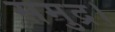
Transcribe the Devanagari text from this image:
समुद्र।